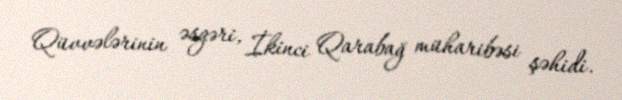
Qüvvələrinin əsgəri, İkinci Qarabağ müharibəsi şəhidi.